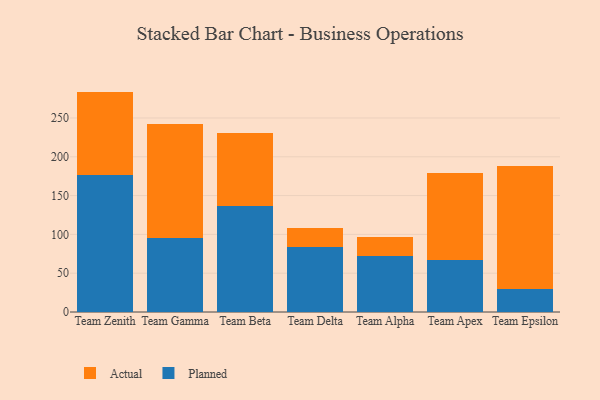
{"axis": {"x": "Team", "y": "Gross Profit (USD K)"}, "legend": ["Actual", "Planned"], "data": [{"x": "Team Zenith", "y": 176.8, "type": "Planned"}, {"x": "Team Zenith", "y": 107.2, "type": "Actual"}, {"x": "Team Gamma", "y": 96.0, "type": "Planned"}, {"x": "Team Gamma", "y": 146.8, "type": "Actual"}, {"x": "Team Beta", "y": 136.5, "type": "Planned"}, {"x": "Team Beta", "y": 94.0, "type": "Actual"}, {"x": "Team Delta", "y": 83.4, "type": "Planned"}, {"x": "Team Delta", "y": 25.2, "type": "Actual"}, {"x": "Team Alpha", "y": 72.3, "type": "Planned"}, {"x": "Team Alpha", "y": 24.6, "type": "Actual"}, {"x": "Team Apex", "y": 67.4, "type": "Planned"}, {"x": "Team Apex", "y": 112.0, "type": "Actual"}, {"x": "Team Epsilon", "y": 30.0, "type": "Planned"}, {"x": "Team Epsilon", "y": 157.5, "type": "Actual"}]}